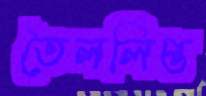
তৈললিপ্ত